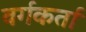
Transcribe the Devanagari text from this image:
वर्गकर्ता